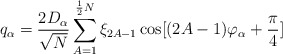
\begin{align*}q_{\alpha} = \frac{2D_{\alpha}}{\sqrt{N}} \sum_{A=1}^{\frac{1}{2}N}\xi_{2A-1}\cos [(2A-1)\varphi_{\alpha} + \frac{\pi}{4}]\end{align*}